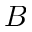
{ B }